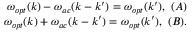
\begin{array} { r } { \omega _ { o p t } ( k ) - \omega _ { a c } ( k - k ^ { \prime } ) = \omega _ { o p t } ( k ^ { \prime } ) , ~ ( A ) } \\ { \omega _ { o p t } ( k ) + \omega _ { a c } ( k - k ^ { \prime } ) = \omega _ { o p t } ( k ^ { \prime } ) , ~ ( B ) . } \end{array}